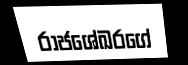
රාජශේඛරගේ